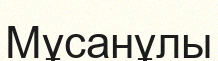
Мұсанұлы